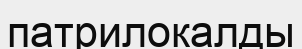
патрилокалды